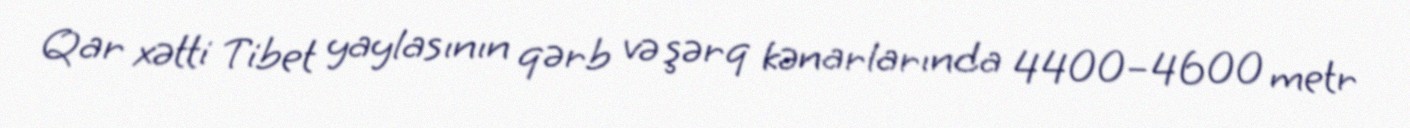
Qar xətti Tibet yaylasının qərb və şərq kənarlarında 4400–4600 metr